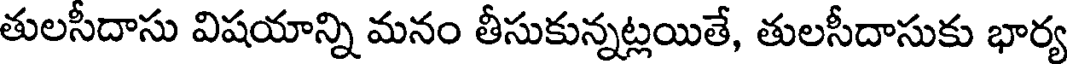
తులసీదాసు విషయాన్ని మనం తీసుకున్నట్లయితే, తులసీదాసుకు భార్య